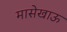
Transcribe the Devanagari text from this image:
मासेखाऊ